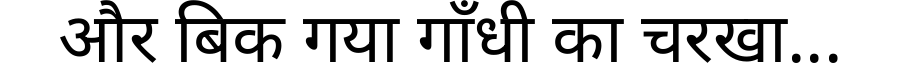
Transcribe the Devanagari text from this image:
और बिक गया गाँधी का चरखा...